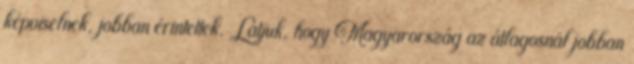
képviselnek, jobban érintettek. Látjuk, hogy Magyarország az átlagosnál jobban